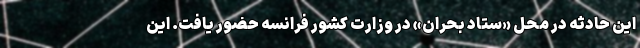
این حادثه در محل «ستاد بحران» در وزارت کشور فرانسه حضور یافت. این